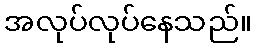
အလုပ်လုပ်နေသည်။